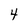
Character: 4